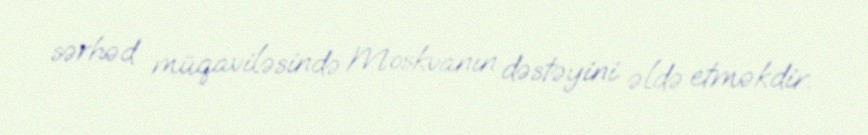
sərhəd müqaviləsində Moskvanın dəstəyini əldə etməkdir.